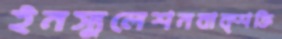
ইনস্যুলেশনবাক্শক্তি